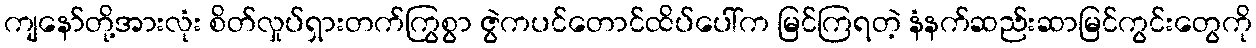
ကျနော်တို့အားလုံး စိတ်လှုပ်ရှားတက်ကြွစွာ ဇွဲကပင်တောင်ထိပ်ပေါ်က မြင်ကြရတဲ့ နံနက်ဆည်းဆာမြင်ကွင်းတွေကို